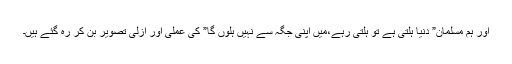
اور ہم مسلمان” دنیا ہلتی ہے تو ہلتی رہے،میں اپنی جگہ سے نہیں ہلوں گا” کی عملی اور ازلی تصویر بن کر رہ گئے ہیں۔